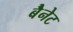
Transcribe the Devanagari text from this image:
बैेनेट